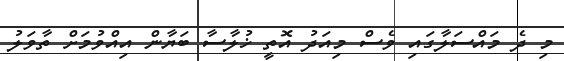
މި ދެ މައްސަލާގައި ވެސް މިއަދު އޮތީ ޚުލާސާ ބަޔާން އިއްވުމަށް ތާވަލު